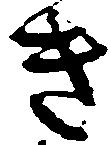
き